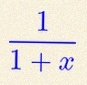
\frac{1}{1+x}